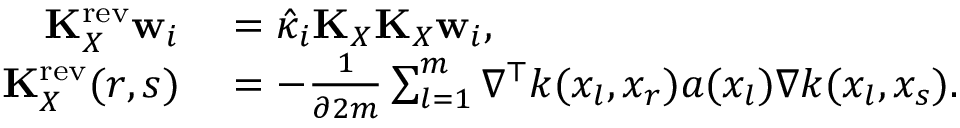
\begin{array} { r l } { \mathbf { K } _ { X } ^ { \mathrm { r e v } } \mathbf { w } _ { i } } & { { } = \hat { \kappa } _ { i } \mathbf { K } _ { X } \mathbf { K } _ { X } \mathbf { w } _ { i } , } \\ { \mathbf { K } _ { X } ^ { \mathrm { r e v } } ( r , s ) } & { { } = - \frac { 1 } { \partial 2 m } \sum _ { l = 1 } ^ { m } \nabla ^ { \top } k ( x _ { l } , x _ { r } ) a ( x _ { l } ) \nabla k ( x _ { l } , x _ { s } ) . } \end{array}